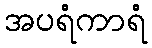
အပရံကာရံ